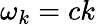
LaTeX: \omega_{k}=ck